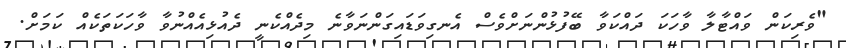
"ވެރިކަން ވައްޓާލާ ވާހަކަ ދައްކަވާ ބޭފުޅުންނަށްވެސް އެނގިވަޑައިގަންނަވާނެ މިދެއްކެނީ ދެއުޅިއެއްނުވާ ވާހަކަތަކެއް ކަމަށް.